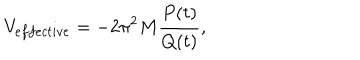
LaTeX: V _ { e f f e c t i v e } = - 2 \pi ^ { 2 } M \frac { P ( t ) } { Q ( t ) } ,